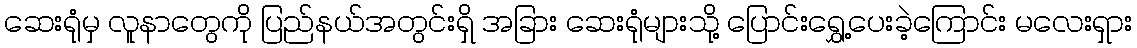
ဆေးရုံမှ လူနာတွေကို ပြည်နယ်အတွင်းရှိ အခြား ဆေးရုံများသို့ ပြောင်းရွှေ့ပေးခဲ့ကြောင်း မလေးရှား